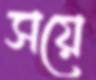
সয়ে